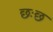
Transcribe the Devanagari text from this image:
छःछ